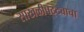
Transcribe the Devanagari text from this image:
साखळीपट्ट्याचा